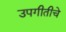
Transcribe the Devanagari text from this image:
उपगीतीचे